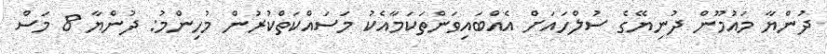
ދުންޔާ މައުމޫން ދުނިޔޭގެ ސުލްހައަށް އެއްބައިވަންތަކަމާއެކު މަސައްކަތްކުރުން މުހިންމު: ދުންޔާ 8 މަސް